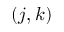
( j , k )